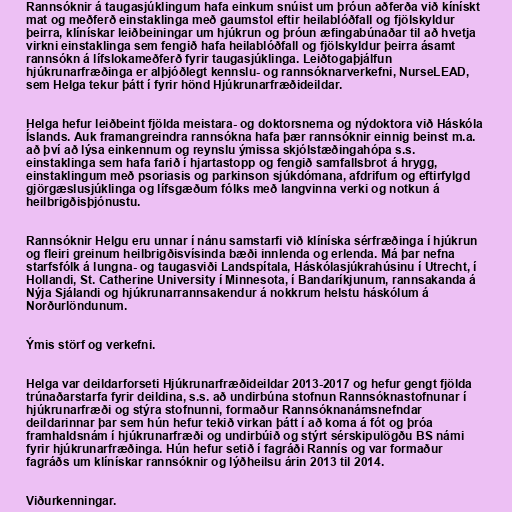
Rannsóknir á taugasjúklingum hafa einkum snúist um þróun aðferða við kínískt
mat og meðferð einstaklinga með gaumstol eftir heilablóðfall og fjölskyldur
þeirra, klínískar leiðbeiningar um hjúkrun og þróun æfingabúnaðar til að hvetja
virkni einstaklinga sem fengið hafa heilablóðfall og fjölskyldur þeirra ásamt
rannsókn á lífslokameðferð fyrir taugasjúklinga. Leiðtogaþjálfun
hjúkrunarfræðinga er alþjóðlegt kennslu- og rannsóknarverkefni, NurseLEAD,
sem Helga tekur þátt í fyrir hönd Hjúkrunarfræðideildar.

Helga hefur leiðbeint fjölda meistara- og doktorsnema og nýdoktora við Háskóla
Íslands. Auk framangreindra rannsókna hafa þær rannsóknir einnig beinst m.a.
að því að lýsa einkennum og reynslu ýmissa skjólstæðingahópa s.s.
einstaklinga sem hafa farið í hjartastopp og fengið samfallsbrot á hrygg,
einstaklingum með psoriasis og parkinson sjúkdómana, afdrifum og eftirfylgd
gjörgæslusjúklinga og lífsgæðum fólks með langvinna verki og notkun á
heilbrigðisþjónustu.

Rannsóknir Helgu eru unnar í nánu samstarfi við klíníska sérfræðinga í hjúkrun
og fleiri greinum heilbrigðisvísinda bæði innlenda og erlenda. Má þar nefna
starfsfólk á lungna- og taugasviði Landspítala, Háskólasjúkrahúsinu í Utrecht, í
Hollandi, St. Catherine University í Minnesota, í Bandaríkjunum, rannsakanda á
Nýja Sjálandi og hjúkrunarrannsakendur á nokkrum helstu háskólum á
Norðurlöndunum.

Ýmis störf og verkefni.

Helga var deildarforseti Hjúkrunarfræðideildar 2013-2017 og hefur gengt fjölda
trúnaðarstarfa fyrir deildina, s.s. að undirbúna stofnun Rannsóknastofnunar í
hjúkrunarfræði og stýra stofnunni, formaður Rannsóknanámsnefndar
deildarinnar þar sem hún hefur tekið virkan þátt í að koma á fót og þróa
framhaldsnám í hjúkrunarfræði og undirbúið og stýrt sérskipulögðu BS námi
fyrir hjúkrunarfræðinga. Hún hefur setið í fagráði Rannís og var formaður
fagráðs um klínískar rannsóknir og lýðheilsu árin 2013 til 2014.

Viðurkenningar.